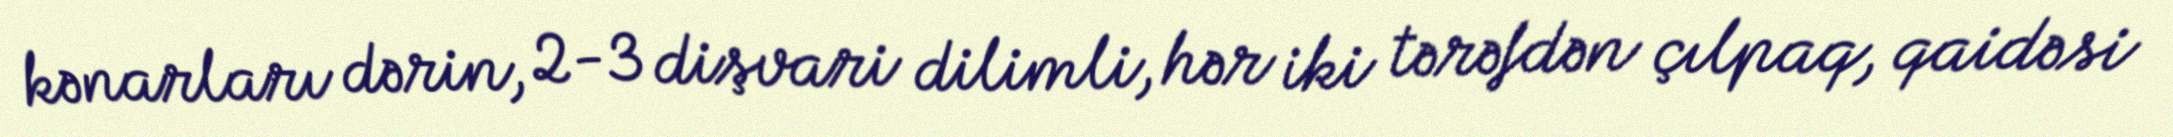
kənarları dərin, 2-3 dişvari dilimli, hər iki tərəfdən çılpaq, qaidəsi